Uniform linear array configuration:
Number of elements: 12
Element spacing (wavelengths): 1
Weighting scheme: hann
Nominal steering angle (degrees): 15
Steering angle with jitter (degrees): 16.598
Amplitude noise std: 0.05
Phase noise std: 0.05

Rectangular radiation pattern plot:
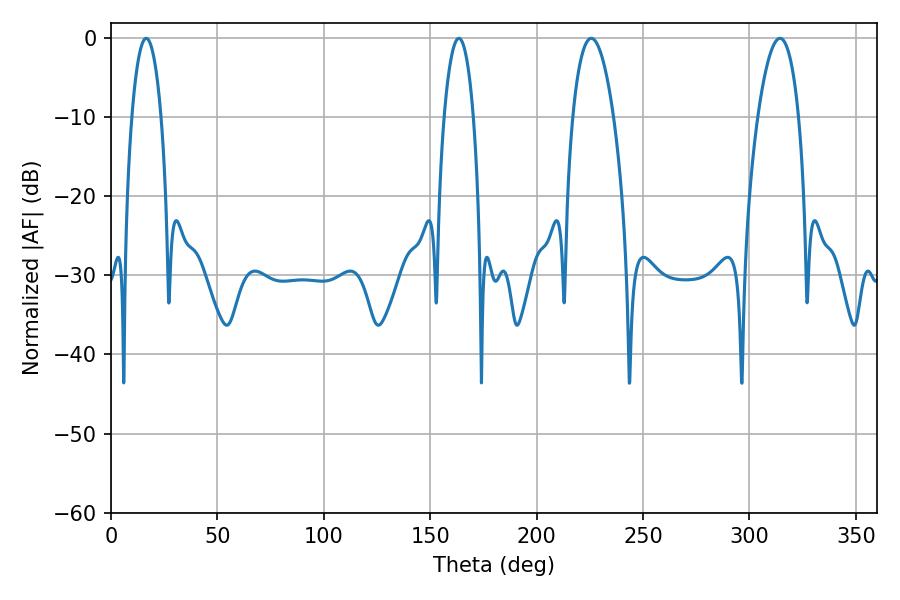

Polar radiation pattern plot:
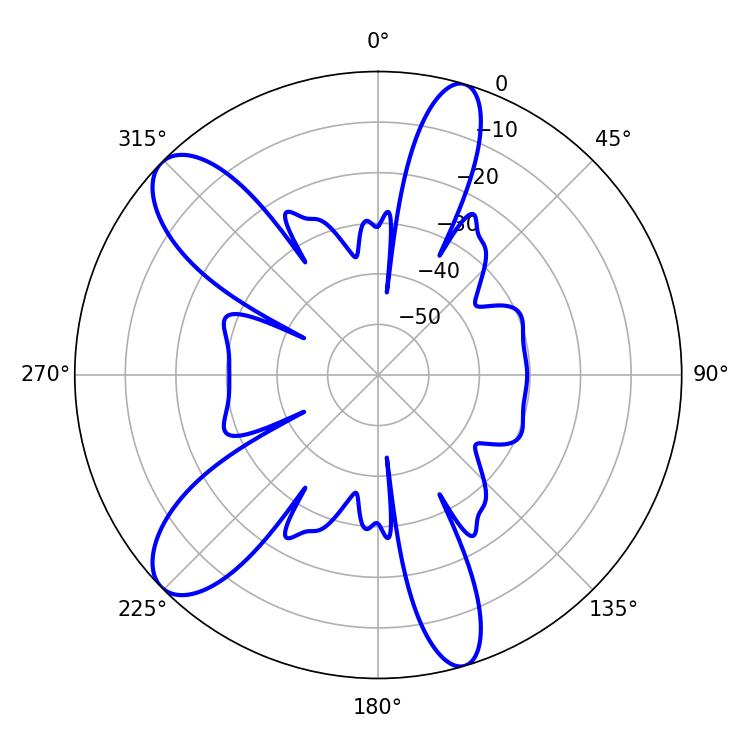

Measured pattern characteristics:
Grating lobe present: TRUE
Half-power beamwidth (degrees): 7.74
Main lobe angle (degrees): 16.56